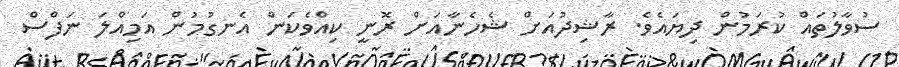
ސުވާލުތައް ކުރަމުން ދިޔައެވެ. ރާޝިދުއަށް ޝެހެނާއަށް ރޮނީ ކިއްވެކަން އެނގުމުން އަމިއްލަ ނަފްސް